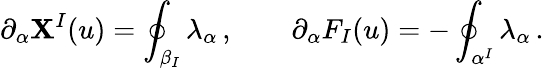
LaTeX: \partial_{\alpha}\mathbf{X}^{I}(u)=\oint_{\beta_{I}}\lambda_{\alpha}\, ,\qquad\partial_{\alpha}F_{I}(u)=-\oint_{\alpha^{I}}\lambda_{\alpha}\, .